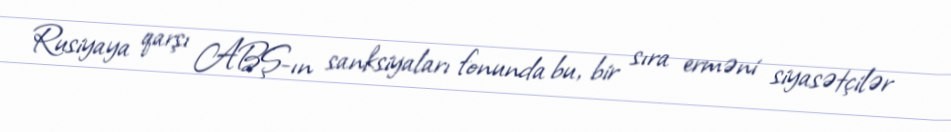
Rusiyaya qarşı ABŞ-ın sanksiyaları fonunda bu, bir sıra erməni siyasətçilər